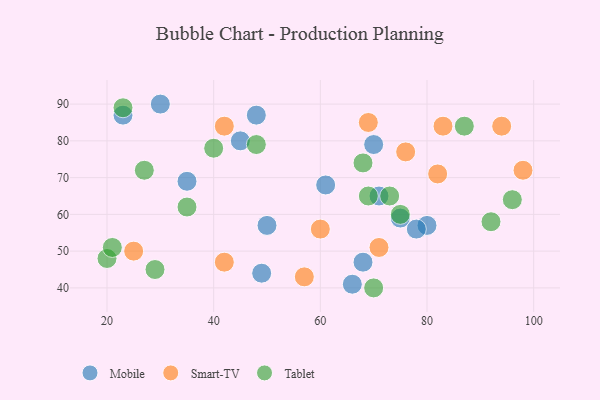
{"axis": {"x": "GDP", "y": "Life Expectancy"}, "legend": ["Mobile", "Smart-TV", "Tablet"], "data": [{"x": "71", "y": 65, "type": "Mobile"}, {"x": "49", "y": 44, "type": "Mobile"}, {"x": "66", "y": 41, "type": "Mobile"}, {"x": "30", "y": 90, "type": "Mobile"}, {"x": "75", "y": 59, "type": "Mobile"}, {"x": "35", "y": 69, "type": "Mobile"}, {"x": "61", "y": 68, "type": "Mobile"}, {"x": "68", "y": 47, "type": "Mobile"}, {"x": "80", "y": 57, "type": "Mobile"}, {"x": "78", "y": 56, "type": "Mobile"}, {"x": "48", "y": 87, "type": "Mobile"}, {"x": "70", "y": 79, "type": "Mobile"}, {"x": "50", "y": 57, "type": "Mobile"}, {"x": "45", "y": 80, "type": "Mobile"}, {"x": "23", "y": 87, "type": "Mobile"}, {"x": "69", "y": 85, "type": "Smart-TV"}, {"x": "82", "y": 71, "type": "Smart-TV"}, {"x": "71", "y": 51, "type": "Smart-TV"}, {"x": "25", "y": 50, "type": "Smart-TV"}, {"x": "76", "y": 77, "type": "Smart-TV"}, {"x": "83", "y": 84, "type": "Smart-TV"}, {"x": "42", "y": 47, "type": "Smart-TV"}, {"x": "57", "y": 43, "type": "Smart-TV"}, {"x": "60", "y": 56, "type": "Smart-TV"}, {"x": "94", "y": 84, "type": "Smart-TV"}, {"x": "98", "y": 72, "type": "Smart-TV"}, {"x": "42", "y": 84, "type": "Smart-TV"}, {"x": "75", "y": 60, "type": "Tablet"}, {"x": "29", "y": 45, "type": "Tablet"}, {"x": "40", "y": 78, "type": "Tablet"}, {"x": "68", "y": 74, "type": "Tablet"}, {"x": "48", "y": 79, "type": "Tablet"}, {"x": "27", "y": 72, "type": "Tablet"}, {"x": "92", "y": 58, "type": "Tablet"}, {"x": "20", "y": 48, "type": "Tablet"}, {"x": "96", "y": 64, "type": "Tablet"}, {"x": "21", "y": 51, "type": "Tablet"}, {"x": "70", "y": 40, "type": "Tablet"}, {"x": "35", "y": 62, "type": "Tablet"}, {"x": "23", "y": 89, "type": "Tablet"}, {"x": "87", "y": 84, "type": "Tablet"}, {"x": "69", "y": 65, "type": "Tablet"}, {"x": "73", "y": 65, "type": "Tablet"}]}